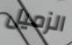
الزميل